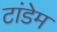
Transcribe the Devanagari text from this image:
टांडेम